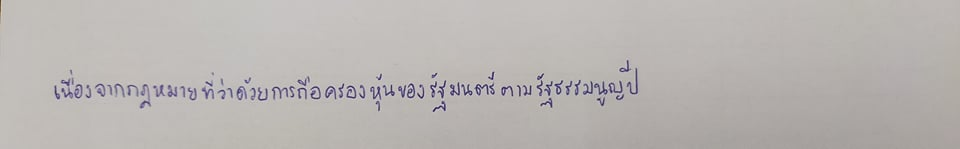
เนื่องจากกฎหมายที่ว่าด้วยการถือครองหุ้นของรัฐมนตรีตามรัฐธรรมนูญปี